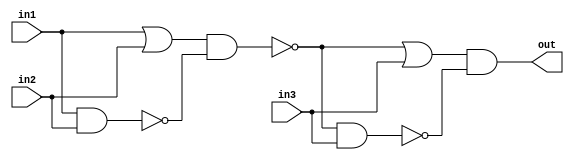
module top_module (
    input in1,
    input in2,
    input in3,
    output out);
    
    wire intern1;
    
    assign intern1 = ~((in1 || in2) && ~(in1 && in2)); //XNOR
    
    assign out = ((intern1 || in3) && ~(intern1 && in3));

endmodule